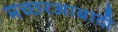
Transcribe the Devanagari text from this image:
मच्छरआबादी